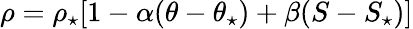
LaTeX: \rho=\rho_{\star}[1-\alpha(\theta-\theta_{\star})+\beta(S-S_{\star})]